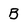
Character: B